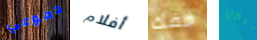
دموعي أفلام مفك ابتزاز